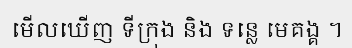
មើលឃើញ ទីក្រុង និង ទន្លេ មេគង្គ ។